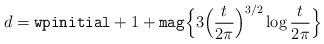
LaTeX: \begin{align*}d= \texttt{wpinitial}+1 + \texttt{mag}\Bigl\{3 \Bigl(\frac{t}{2\pi}\Bigr)^{3/2}\log\frac{t}{2\pi}\Bigr\}\end{align*}